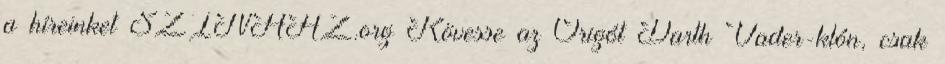
a híreinket SZÍNHÁZ.org Kövesse az Origót Darth Vader-klón, csak